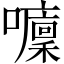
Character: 𡄁